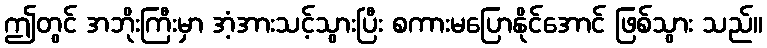
ဤတွင် အဘိုးကြီးမှာ အံ့အားသင့်သွားပြီး စကားမပြောနိုင်အောင် ဖြစ်သွား သည်။